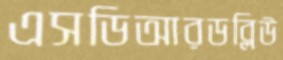
এসডিআরডব্লিউ